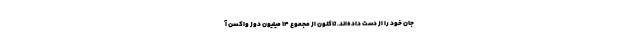
جان خود را از دست داده‌اند. تاکنون از مجموع ۱۴ میلیون دوز واکسن آ